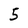
Character: 5